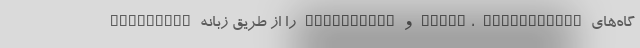
گاه‌های Nexus، Chromecasts و Chromebook را از طریق زبانه "Devices"